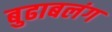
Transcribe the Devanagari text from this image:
बुढाबलंग